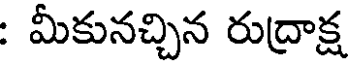
: మీకునచ్చిన రుద్రాక్ష